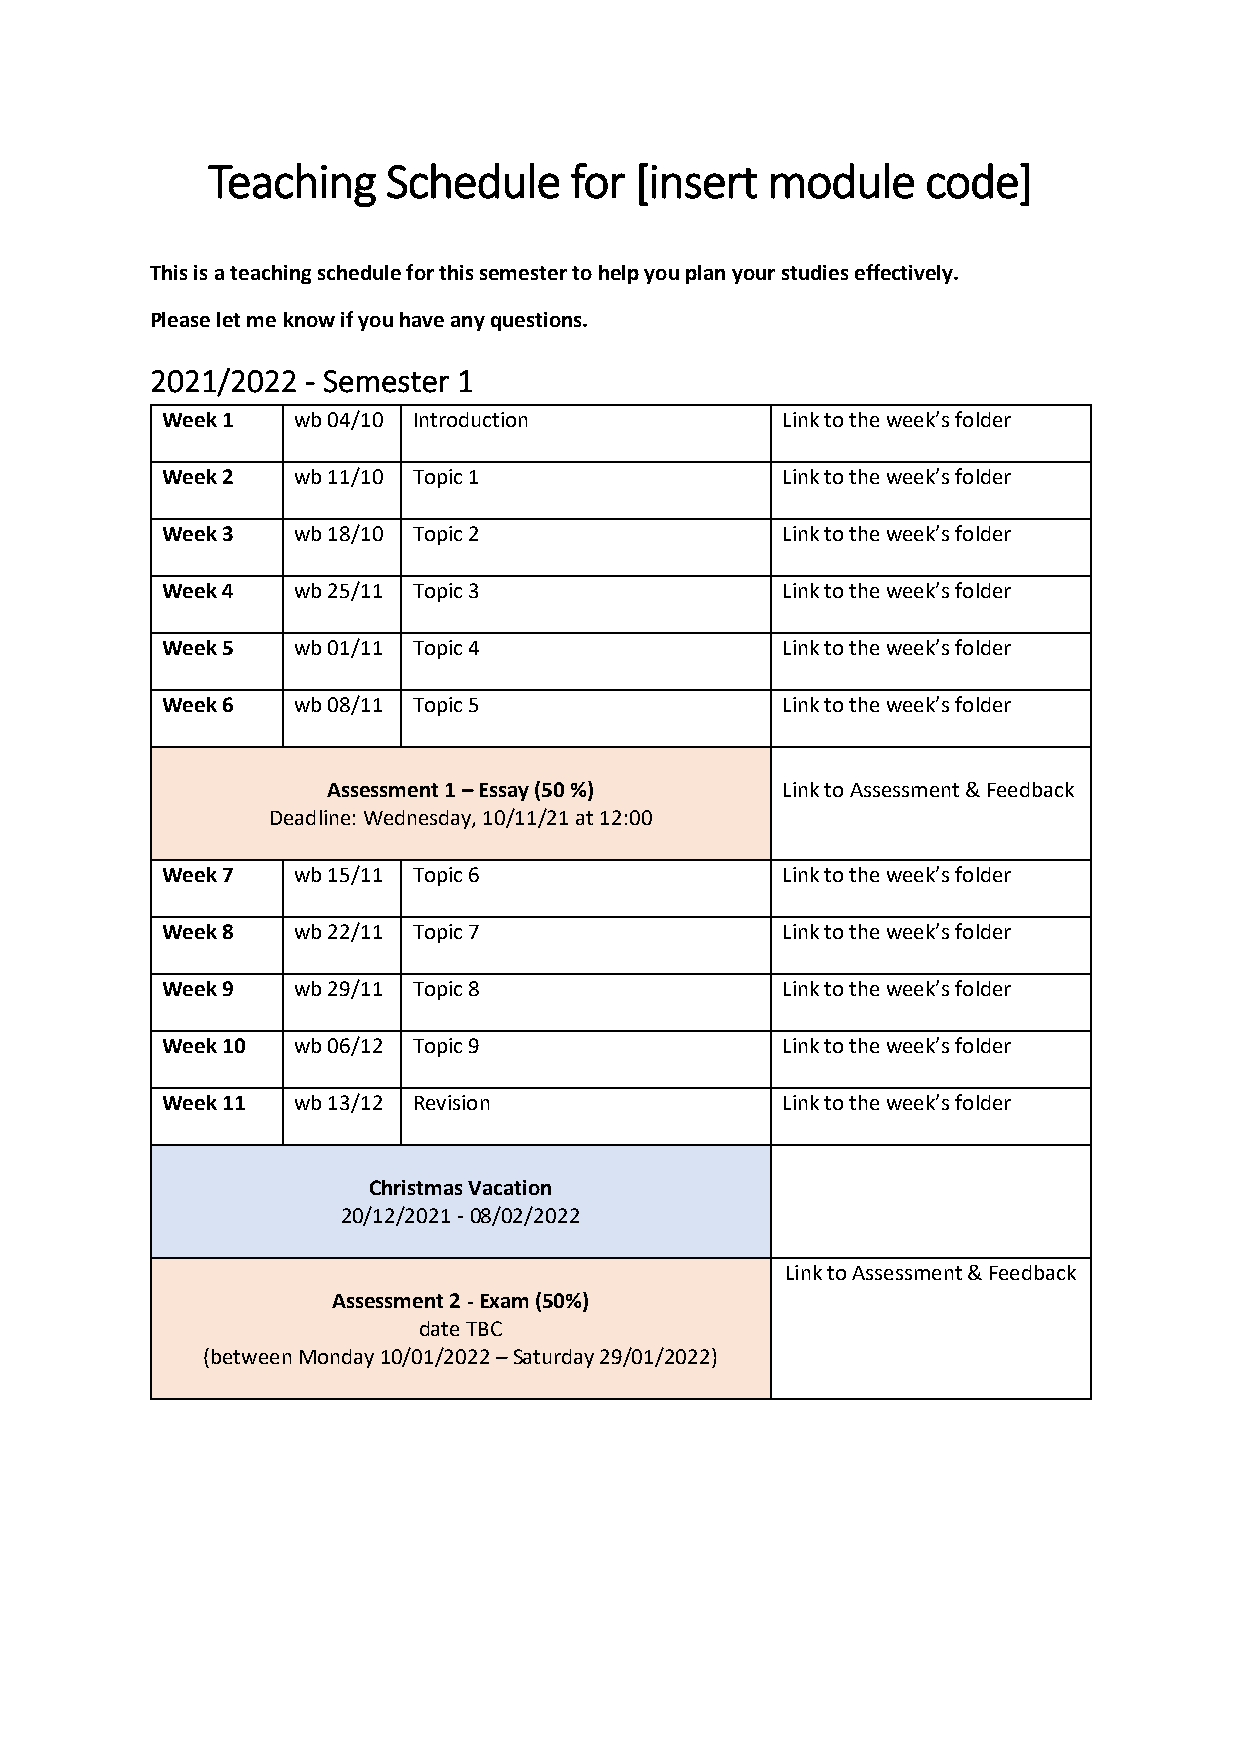
Teaching    Schedule    for [insert  module    code]
 This is a teaching schedule for this semester to help you plan your studies effectively.
 Please let me know if you have any questions.
 2021/2022 - Semester 1
 Week 1  wb 04/10 Introduction            Link to the week’s folder
 Week 2  wb 11/10 Topic 1                 Link to the week’s folder
 Week 3  wb 18/10 Topic 2                 Link to the week’s folder
 Week 4  wb 25/11 Topic 3                 Link to the week’s folder
 Week 5  wb 01/11 Topic 4                 Link to the week’s folder
 Week 6  wb 08/11 Topic 5                 Link to the week’s folder
 Assessment 1 – Essay (50 %)   Link to Assessment & Feedback
 Deadline: Wednesday, 10/11/21 at 12:00
 Week 7  wb 15/11 Topic 6                 Link to the week’s folder
 Week 8  wb 22/11 Topic 7                 Link to the week’s folder
 Week 9  wb 29/11 Topic 8                 Link to the week’s folder
 Week 10 wb 06/12 Topic 9                 Link to the week’s folder
 Week 11 wb 13/12 Revision                Link to the week’s folder
 Christmas Vacation
 20/12/2021 - 08/02/2022
 Link to Assessment & Feedback
 Assessment 2 - Exam (50%)
 date TBC
 (between Monday 10/01/2022 – Saturday 29/01/2022)